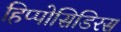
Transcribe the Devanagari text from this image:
हिप्पोसिडिरस